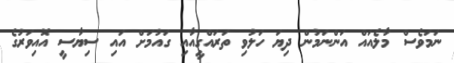
ނަމަވެސް މާލެއައް އަންނަމުން ދިޔަ ހަލުވި ތަރައްގީއާއި ގައުމަށް އައި ސިޔާސީ އޮއިވަރުގެ